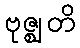
ဗုဇ္ဈတိ